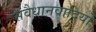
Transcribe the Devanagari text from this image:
संवैधानवादियों